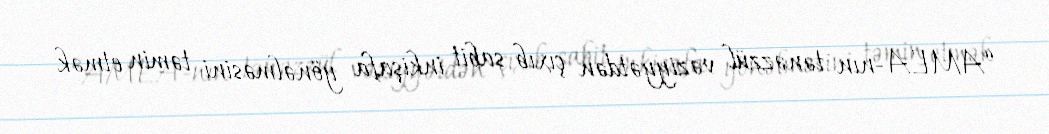
“AMEA-nın tənəzzül vəziyyətdən çıxıb sabit inkişafa yönəlməsini təmin etmək